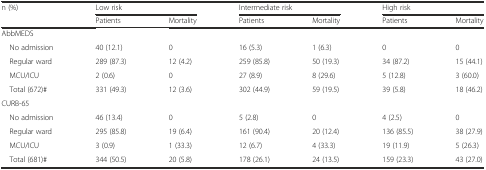
<table><thead><tr><td><b>n (%)</b></td><td colspan="2"><b>Low risk</b></td><td colspan="2"><b>Intermediate risk</b></td><td colspan="2"><b>High risk</b></td></tr><tr><td></td><td><b>Patients</b></td><td><b>Mortality</b></td><td><b>Patients</b></td><td><b>Mortality</b></td><td><b>Patients</b></td><td><b>Mortality</b></td></tr></thead><tbody><tr><td colspan="7">AbbMEDS</td></tr><tr><td> No admission</td><td>40 (12.1)</td><td>0</td><td>16 (5.3)</td><td>1 (6.3)</td><td>0</td><td>0</td></tr><tr><td> Regular ward</td><td>289 (87.3)</td><td>12 (4.2)</td><td>259 (85.8)</td><td>50 (19.3)</td><td>34 (87.2)</td><td>15 (44.1)</td></tr><tr><td> MCU/ICU</td><td>2 (0.6)</td><td>0</td><td>27 (8.9)</td><td>8 (29.6)</td><td>5 (12.8)</td><td>3 (60.0)</td></tr><tr><td> Total (672)#</td><td>331 (49.3)</td><td>12 (3.6)</td><td>302 (44.9)</td><td>59 (19.5)</td><td>39 (5.8)</td><td>18 (46.2)</td></tr><tr><td colspan="7">CURB-65</td></tr><tr><td> No admission</td><td>46 (13.4)</td><td>0</td><td>5 (2.8)</td><td>0</td><td>4 (2.5)</td><td>0</td></tr><tr><td> Regular ward</td><td>295 (85.8)</td><td>19 (6.4)</td><td>161 (90.4)</td><td>20 (12.4)</td><td>136 (85.5)</td><td>38 (27.9)</td></tr><tr><td> MCU/ICU</td><td>3 (0.9)</td><td>1 (33.3)</td><td>12 (6.7)</td><td>4 (33.3)</td><td>19 (11.9)</td><td>5 (26.3)</td></tr><tr><td> Total (681)#</td><td>344 (50.5)</td><td>20 (5.8)</td><td>178 (26.1)</td><td>24 (13.5)</td><td>159 (23.3)</td><td>43 (27.0)</td></tr></tbody></table>